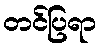
တင်ပြရာ